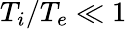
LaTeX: T_{i}/T_{e}\ll 1